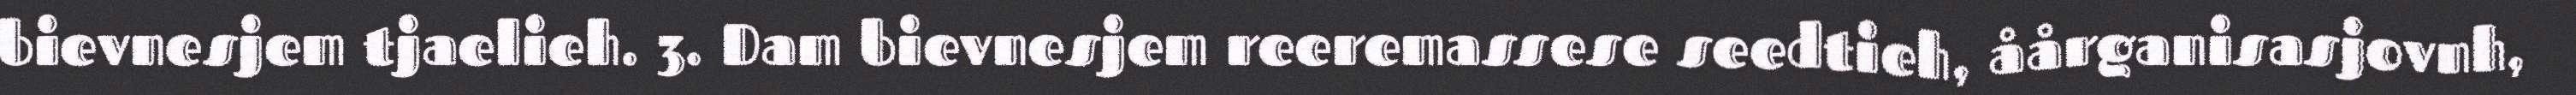
bievnesjem tjaelieh. 3. Dam bievnesjem reeremassese seedtieh, åårganisasjovnh,